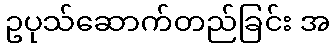
ဥပုသ်ဆောက်တည်ခြင်း အ